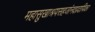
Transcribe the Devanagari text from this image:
महासुखाश्रयसहजांनदप्रदायिका